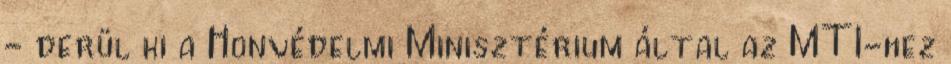
- derül ki a Honvédelmi Minisztérium által az MTI-hez